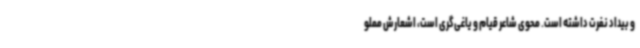
و بیداد نفرت داشته است. محوی شاعر قیام و یاغی‌گری است، اشعارش مملو